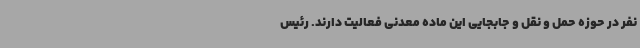
نفر در حوزه حمل و نقل و جابجایی این ماده معدنی فعالیت دارند. رئیس